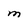
Character: M